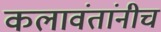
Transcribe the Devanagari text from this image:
कलावंतांनीच